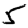
Digit: 5